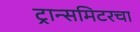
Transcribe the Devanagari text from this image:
ट्रान्समिटरचा